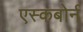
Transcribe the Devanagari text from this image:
एस्कबोर्न